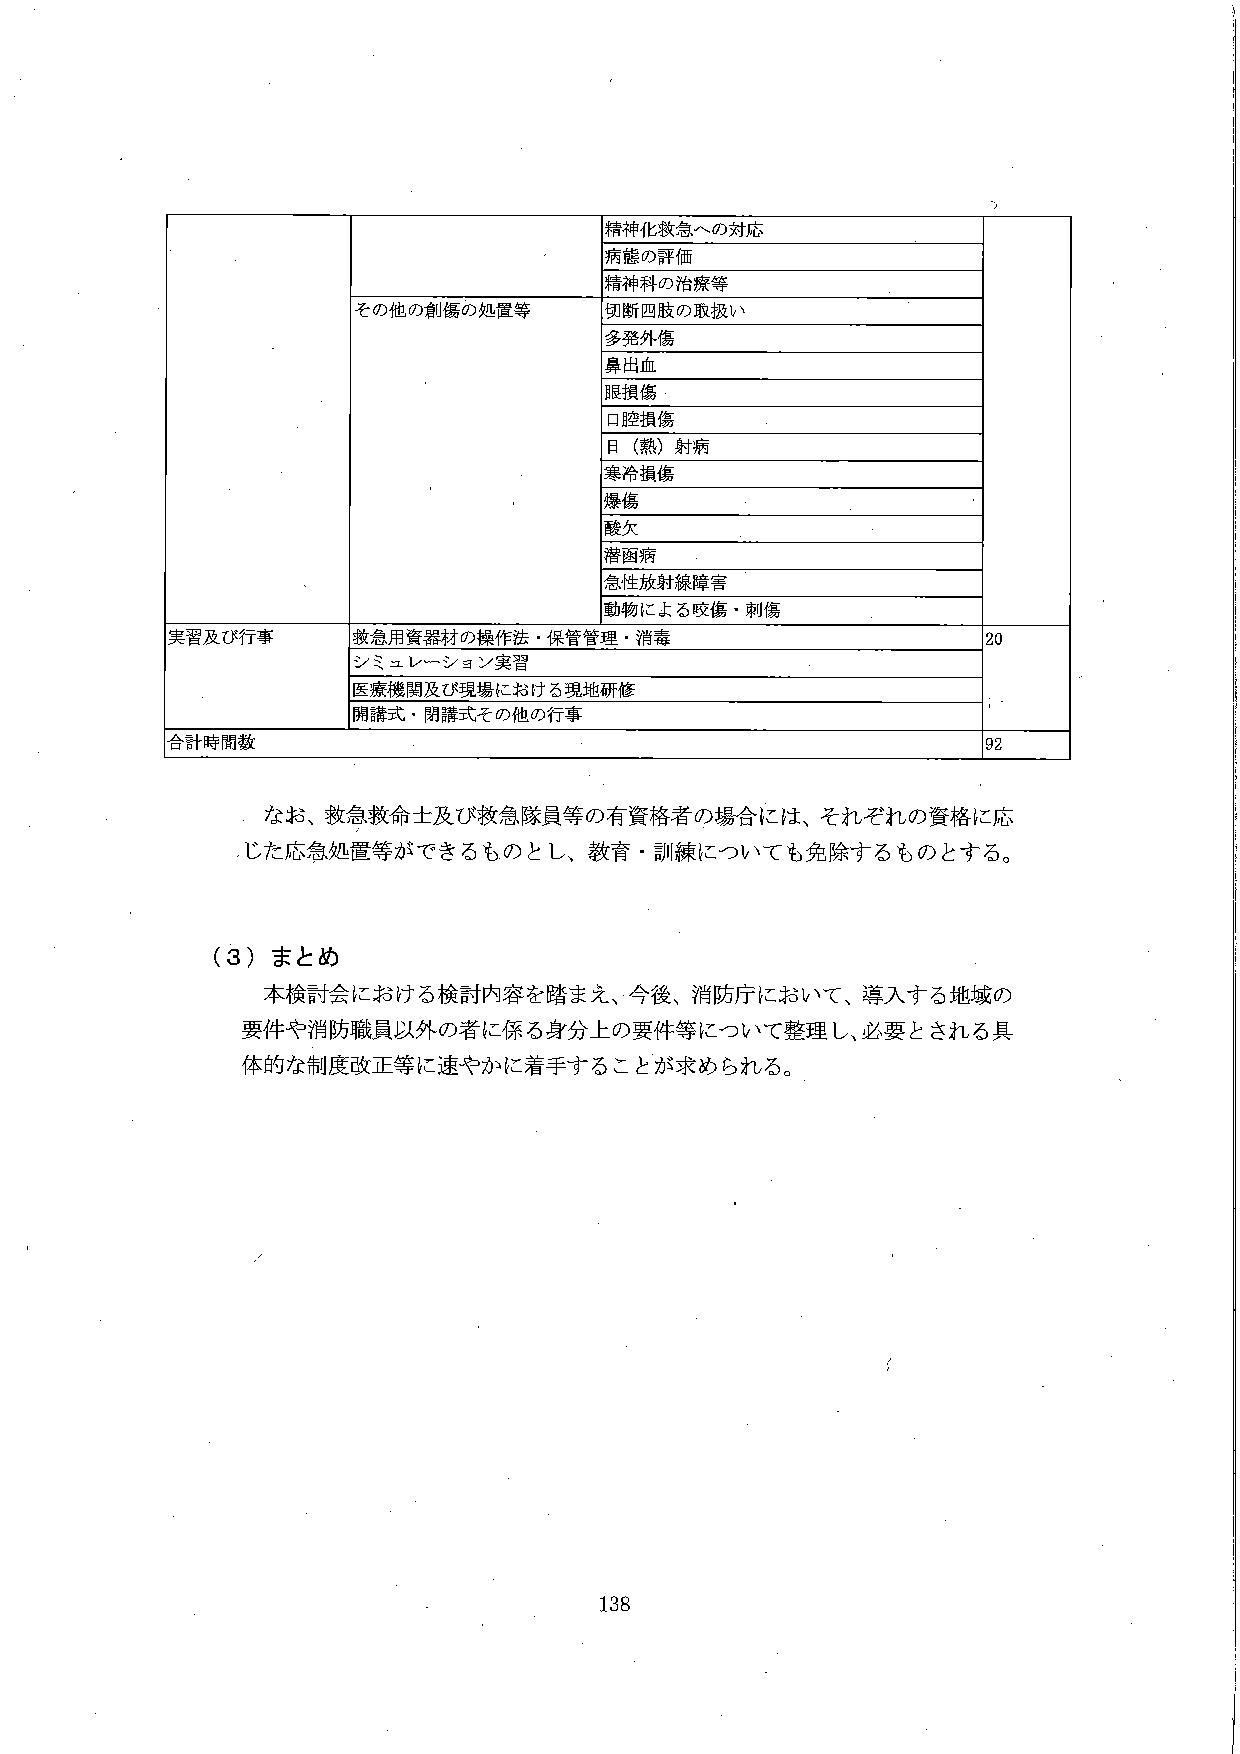
精神化救急への対応
病態の評価
精神科の治療等
その他の創傷の処置等
切断四肢の取扱い
多発外傷
鼻出血
眼損傷
口腔損傷
日（熱）射病
寒冷損傷
爆傷
酸欠
潜菌病
急性放射線障害
動物による咬傷・刺傷
実習及び行事
救急用資器材の操作法・保管管理・消毒
20
シミュレーション実習
医療機関及び現場における現地研修
開講式・閉講式その他の行事
合計時間数
92
なお、救急救命士及び救急隊員等の有資格者の場合には、それぞれの資格に応じた応急処置等ができるものとし、教育・訓練についても免除するものとする。
（3）まとめ
本検討会における検討内容を踏まえ、今後、消防庁において、導入する地域の要件や消防職員以外の者に係る身分上の要件等について整理し、必要とされる具体的な制度改正等に速やかに着手することが求められる。
138